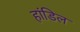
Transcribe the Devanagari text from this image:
हांडिल